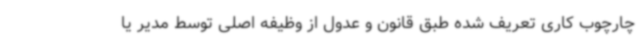
چارچوب کاری تعریف شده طبق قانون و عدول از وظیفه اصلی توسط مدیر یا